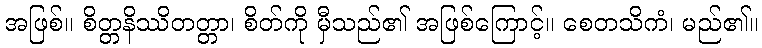
အဖြစ်။ စိတ္တနိဿိတတ္တာ၊ စိတ်ကို မှီသည်၏ အဖြစ်ကြောင့်။ စေတသိကံ၊ မည်၏။